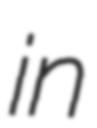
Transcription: in